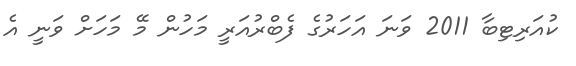
ކުއަރިޓިބާ 2011 ވަނަ އަހަރުގެ ފެބްރުއަރީ މަހުން މޭ މަހަށް ވަނީ އެ